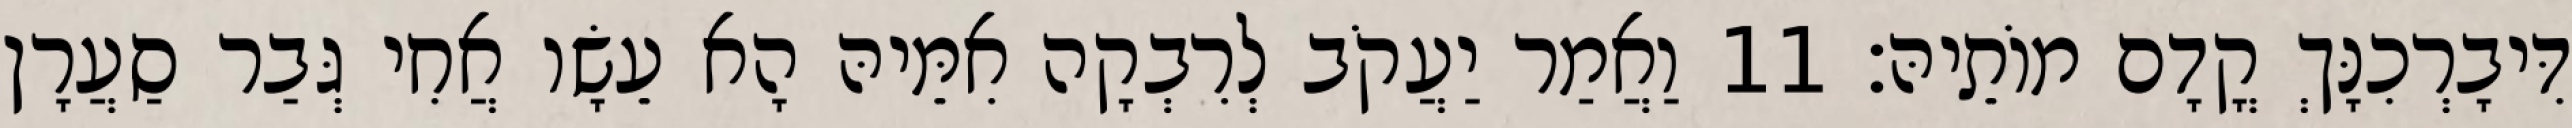
דִּיבָרְכִנָּךְ קֳדָם מוֹתֵיהּ׃ 11 וַאֲמַר יַעֲקֹב לְרִבְקָה אִמֵּיהּ הָא עֵשָׂו אֲחִי גְּבַר סַעֲרָן